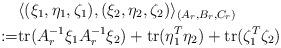
LaTeX: \begin{align*}& \langle (\xi_1,\eta_1,\zeta_1),(\xi_2,\eta_2,\zeta_2) \rangle_{(A_r,B_r,C_r)} \\:=& {\rm tr}( A_r^{-1} \xi_1 A_r^{-1} \xi_2 ) + {\rm tr} (\eta_1^T\eta_2) + {\rm tr}(\zeta_1^T \zeta_2) \end{align*}